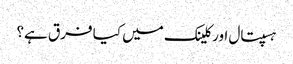
ہسپتال اور کلینک میں کیا فرق ہے؟